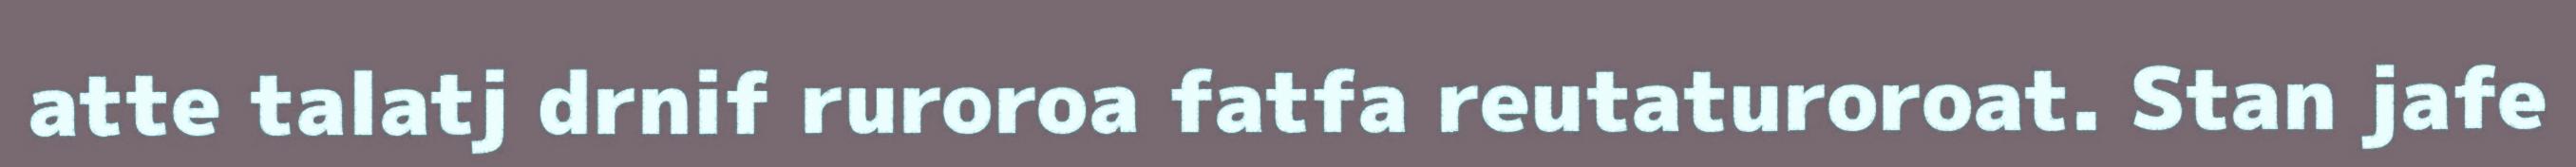
atte talatj drnif ruroroa fatfa reutaturoroat. Stan jafe